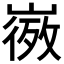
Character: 𭗒